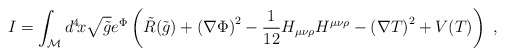
\begin{align*}I=\int_{\cal{M}} d^4 \! x \sqrt{\tilde{g}} e^{\Phi} \left(\tilde{R}(\tilde{g}) + \left(\nabla\Phi \right)^2 - {1 \over 12} H_{\mu\nu\rho} H^{\mu\nu\rho} -\left(\nabla T \right)^2 + V(T) \right)\ , \end{align*}